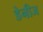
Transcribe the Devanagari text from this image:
डेनीज